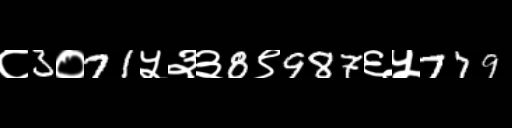
Text: ८3०71५३३8९987६५779